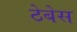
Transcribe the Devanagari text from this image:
ठेबेस